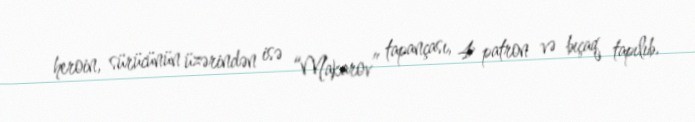
heroin, sürücünün üzərindən isə “Makarov” tapançası, 4 patron və bıçaq tapılıb.